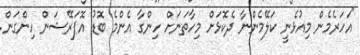
"އަހަރެމެން މިއުޅެނީ ކަލޭމެންނާ ދެކޮޅަށް މިހާތަނަށް ހިންގާ އެންމެ ބޮޑު އޮޕަރޭޝަން ހިންގަން.